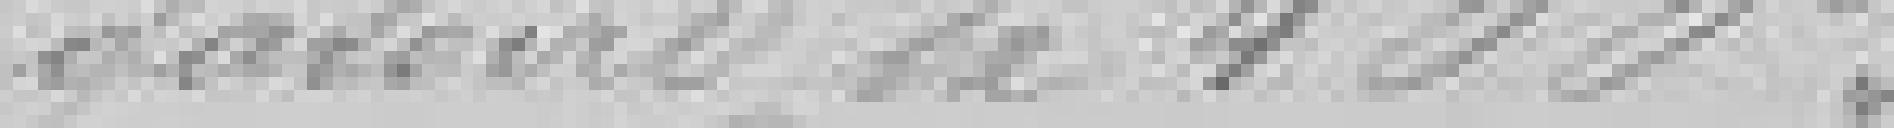
-gatoire de 400 francs.